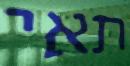
תאי